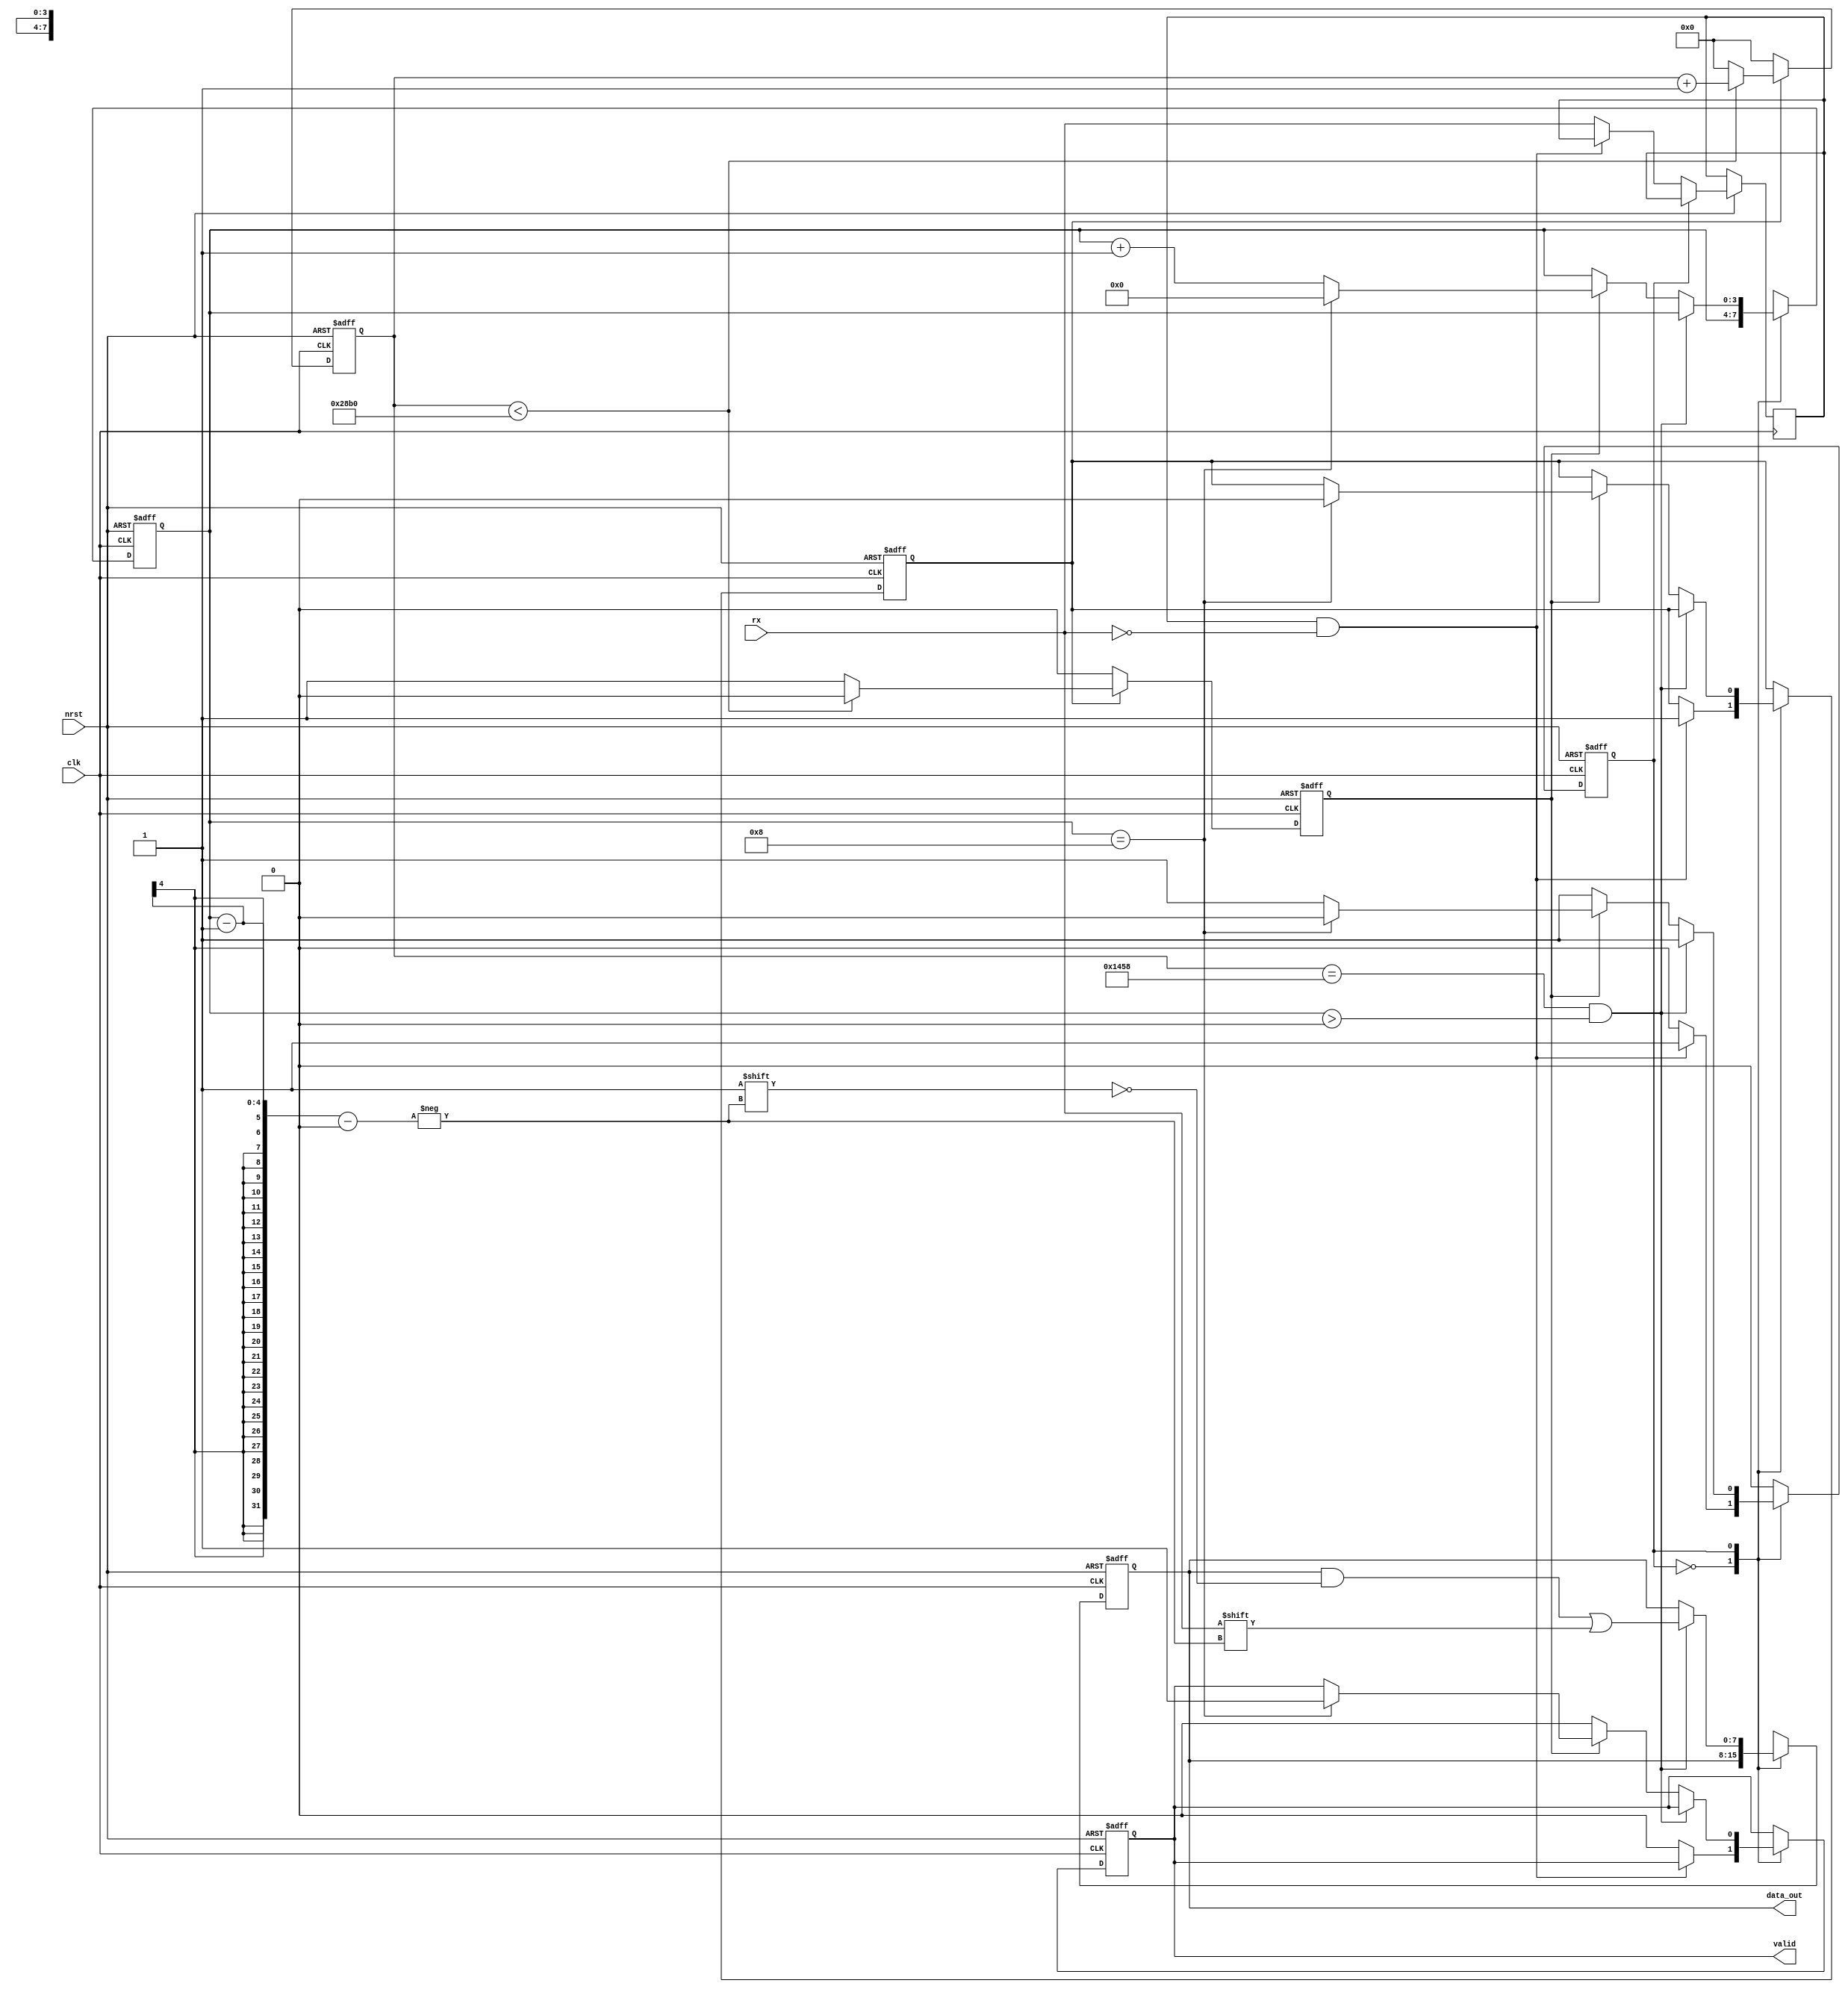
`timescale 1ns/1ps

module uart_rx 
#( parameter BAUD_RATE = 9600) // Use this value to check functionality on actual baud rate, also needed for FPGA testing
//#( parameter BAUD_RATE = 10000000) // Use this value to check post-synthesis waveform on EDA playground
(
    input clk,
    input nrst,
    input rx,
    output reg [7:0] data_out,
    output reg valid
);

reg prev_rx;

reg [13:0] baud_ctr;
reg baud_ctr_en;
reg state;
reg [3:0] bit_ctr;
reg [7:0] r;
reg baud_run;
localparam CLOCK_FREQUENCY = 100000000;
localparam BAUD_CYCLE = CLOCK_FREQUENCY/BAUD_RATE;

// frequency divider for the baud rate
always@(posedge clk  or negedge nrst) begin
    if (!nrst) begin
        baud_ctr <= 'd0;
        baud_ctr_en <= 0;
    end else begin
        if (baud_run) begin
            if (baud_ctr < BAUD_CYCLE) begin
                baud_ctr    <= baud_ctr + 1;
                baud_ctr_en <= 0;
            end else begin
                baud_ctr    <= 0;
                baud_ctr_en <= 1'b1;
            end
        end
        else begin
            baud_ctr <= 0;
            baud_ctr_en <= 1'b0;
        end
        
    end
end

always@(posedge clk or negedge nrst) begin
    if (!nrst) begin
        data_out <= 8'd0;
        valid <= 0;
        state <= 1'd0;
        bit_ctr <= 0;
        r <= 0;
        baud_run <= 0;
    end else begin
        case (state)
            1'd0: begin
                if (prev_rx == 1 && rx == 0) begin
                    baud_run <= 1;
                    state <= 1;
                    //data_out <= 0;
                end
                else begin
                    valid <= 0;
                    prev_rx <= rx;
                end
            end
            1'd1: begin
                if (( baud_ctr == (BAUD_CYCLE/2) && (bit_ctr > 0) )) begin
                    data_out[bit_ctr-1] <= rx;
                end
                else if (baud_ctr_en) begin
                    if (bit_ctr == 8) begin
                        state <= 0;
                        valid <= 1;
                        baud_run <= 0;
                        bit_ctr <= 0;
                    end
                    else begin
                        bit_ctr = bit_ctr + 1;
                    end
                end
                else begin
                    valid <= 0;
                end
            end
        endcase
    end
end

endmodule